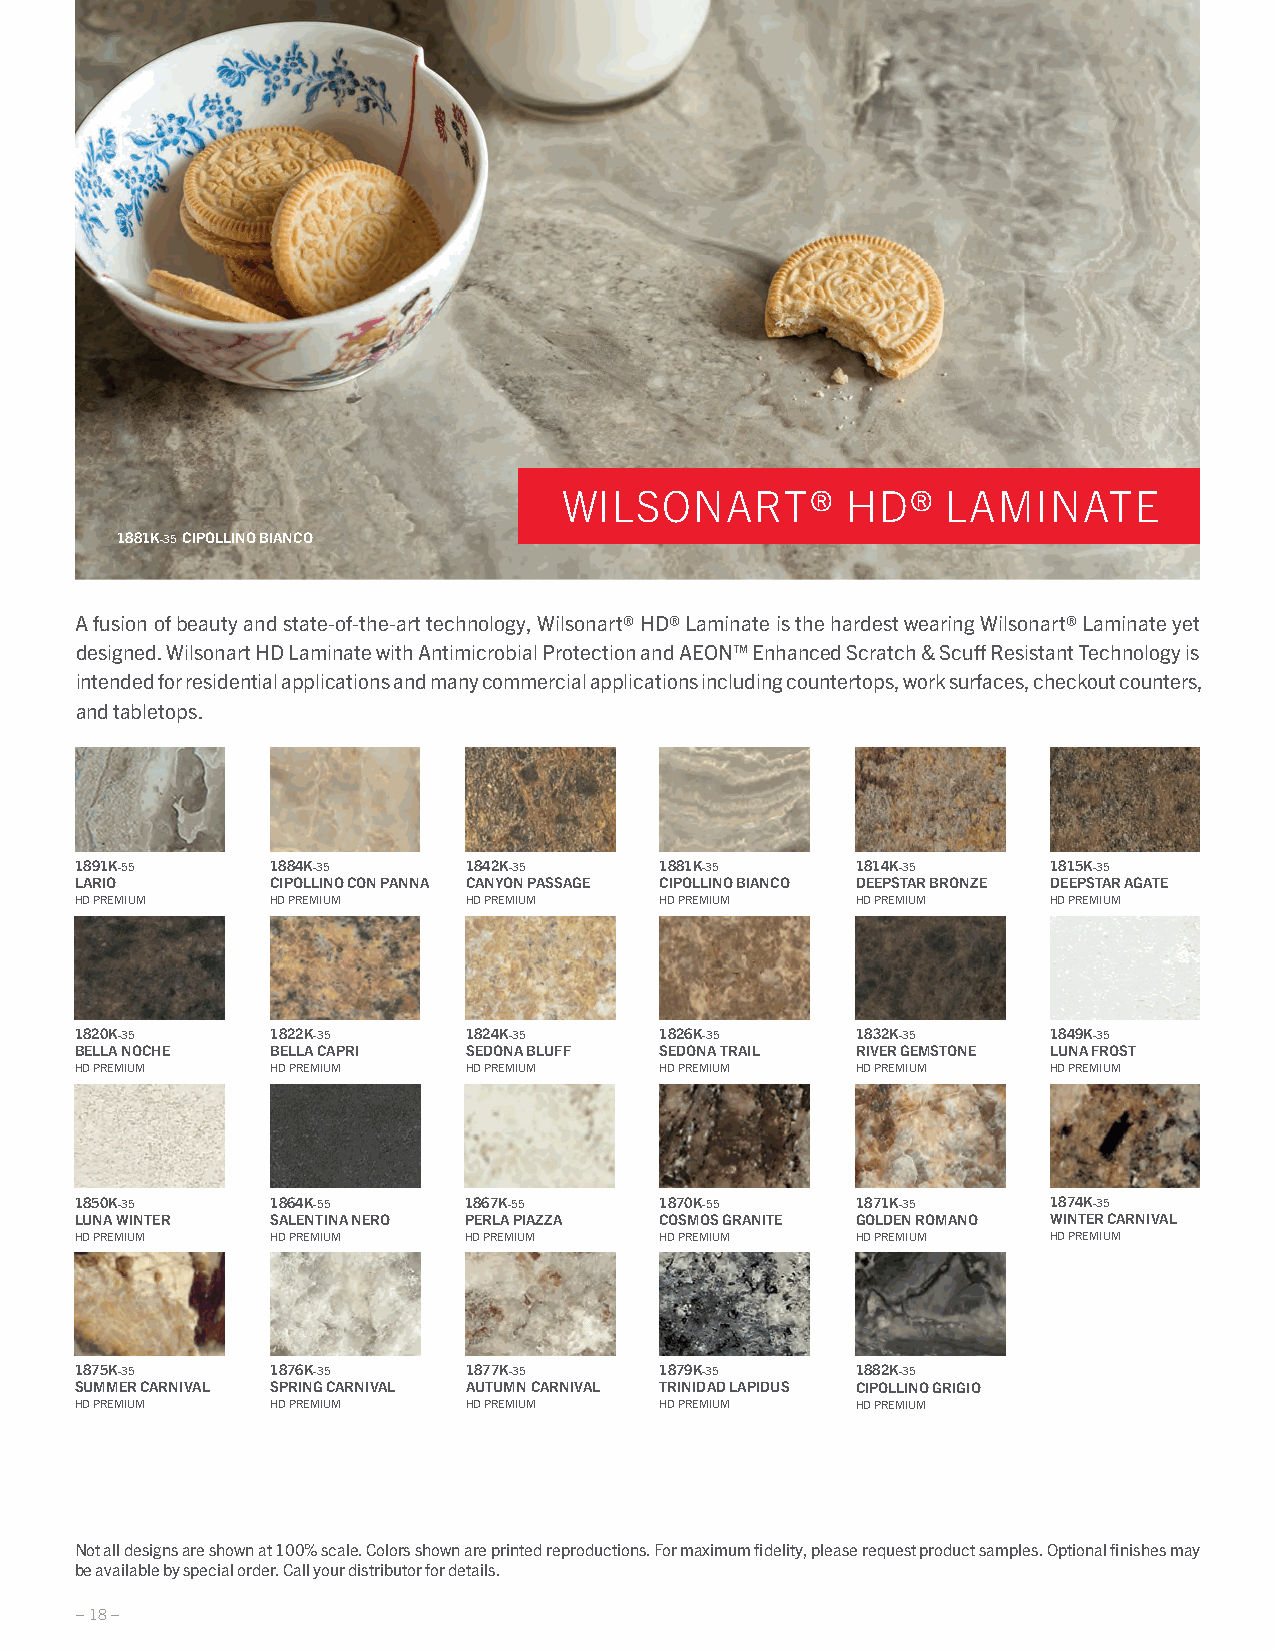
WILSONART®         HD®    LAMINATE
 1881K-35 CIPOLLINO BIANCO
 A fusion of beauty and state-of-the-art technology, Wilsonart® HD® Laminate is the hardest wearing Wilsonart® Laminate yet
 designed. Wilsonart HD Laminate with Antimicrobial Protection and AEON™ Enhanced Scratch & Scuff Resistant Technology is
 intended for residential applications and many commercial applications including countertops, work surfaces, checkout counters,
 and tabletops.
 1891K-55     1884K-35     1842K-35     1881K-35     1814K-35     1815K-35
 LARIO        CIPOLLINO CON PANNA CANYON PASSAGE CIPOLLINO BIANCO DEEPSTAR BRONZE DEEPSTAR AGATE
 HD PREMIUM   HD PREMIUM   HD PREMIUM   HD PREMIUM   HD PREMIUM   HD PREMIUM
 1820K-35     1822K-35     1824K-35     1826K-35     1832K-35     1849K-35
 BELLA NOCHE  BELLA CAPRI  SEDONA BLUFF SEDONA TRAIL RIVER GEMSTONE LUNA FROST
 HD PREMIUM   HD PREMIUM   HD PREMIUM   HD PREMIUM   HD PREMIUM   HD PREMIUM
 1850K-35     1864K-55     1867K-55     1870K-55     1871K-35     1874K-35
 LUNA WINTER  SALENTINA NERO PERLA PIAZZA COSMOS GRANITE GOLDEN ROMANO WINTER CARNIVAL
 HD PREMIUM   HD PREMIUM   HD PREMIUM   HD PREMIUM   HD PREMIUM   HD PREMIUM
 1875K-35     1876K-35     1877K-35     1879K-35     1882K-35
 SUMMER CARNIVAL SPRING CARNIVAL AUTUMN CARNIVAL TRINIDAD LAPIDUS CIPOLLINO GRIGIO
 HD PREMIUM   HD PREMIUM   HD PREMIUM   HD PREMIUM   HD PREMIUM
 Not all designs are shown at 100% scale. Colors shown are printed reproductions. For maximum fi delity, please request product samples. Optional fi nishes may
 be available by special order. Call your distributor for details.
 – 18 –